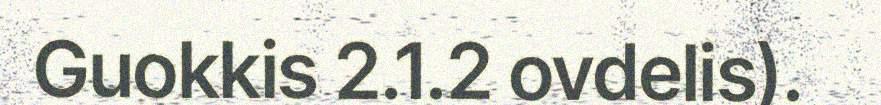
Guokkis 2.1.2 ovdelis).